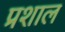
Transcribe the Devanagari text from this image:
प्रशाल